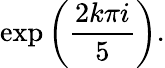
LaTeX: \exp\left({\frac{2k\pi i}{5}}\right).